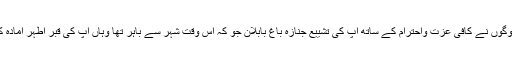
قم کے لوگوں نے کافی عزت واحترام کے ساتھ آپ کی تشییع جنازہ باغ بابلان جو کہ اس وقت شہر سے باہر تھا وہاں آپ کی قبر اطہر آمادہ کی گئی ۔